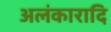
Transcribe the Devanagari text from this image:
अलंकारादि